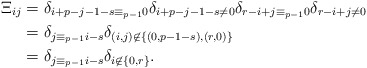
\begin{align*}\textstyle \Xi_{ij} & \textstyle = \delta_{i+p-j-1-s \equiv_{p-1} 0} \delta_{i+p-j-1-s \ne 0} \delta_{r-i+j\equiv_{p-1} 0} \delta_{r-i+j \ne 0}\\ & \textstyle= \delta_{j \equiv_{p-1} i - s} \delta_{(i,j) \not\in \{(0,p-1-s), (r,0)\}}\\ & \textstyle= \delta_{j \equiv_{p-1} i - s} \delta_{i \not\in \{0,r\}}.\end{align*}